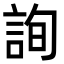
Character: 詢